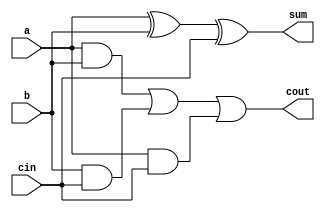
module full_adder(
    input a,b,cin,
    output sum,cout
    );
    
    assign{sum,cout}={a^b^cin,((a&b)|(b&cin)|(a&cin))};
endmodule    

module ripple_carry_adder #(parameter SIZE = 4)(
input [SIZE-1:0] a,b,
input cin,
output [SIZE-1:0] s,cout);

genvar g;

full_adder fa0 ( a[0],b[0],cin,s[0],cout[0]);
   generate
      for(g=1;g<SIZE;g=g+1) begin
        full_adder fa(a[g],b[g],cout[g-1],s[g],cout[g]);
        end
   endgenerate
endmodule


module RCA_TB;
  wire [3:0] S, Cout;
  reg [3:0] A, B;
  reg Cin;
  wire[4:0] add;
  
  ripple_carry_adder rca(A, B, Cin, S, Cout);
  assign add = {Cout[3], S};
  
  initial begin
    $monitor("A = %b: B = %b, Cin = %b --> S = %b, Cout[3] = %b, Addition = %0d", A, B, Cin, S, Cout[3], add);
    A = 1; B = 0; Cin = 0; #3;
    A = 2; B = 4; Cin = 1; #3;
    A = 4'hb; B = 4'h6; Cin = 0; #3;
    A = 5; B = 3; Cin = 1; #3;
    $finish;
  end
  
  initial begin
    $dumpfile("waves.vcd");
    $dumpvars;
  end
endmodule